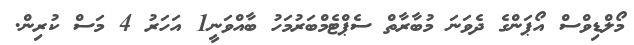
މޯލްޑިވްސް އޯޕަންގެ ދެވަނަ މުބާރާތް ސެޕްޓެމްބަރުމަހު ބާއްވަނީ1 އަހަރު 4 މަސް ކުރިން.